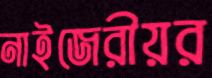
নাইজেরীয়র